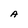
Character: A